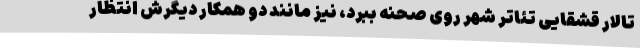
تالار قشقایی تئاتر شهر روی صحنه ببرد، نیز مانند دو همکار دیگرش انتظار